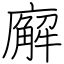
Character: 廨